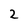
Character: 2